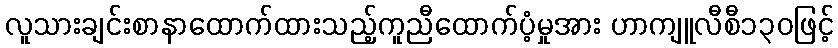
လူသားချင်းစာနာထောက်ထားသည့်ကူညီထောက်ပံ့မှုအား ဟာကျူလီစီ၁၃၀ဖြင့်